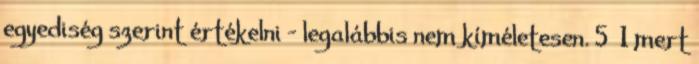
egyediség szerint értékelni - legalábbis nem kíméletesen. 5 1 mert